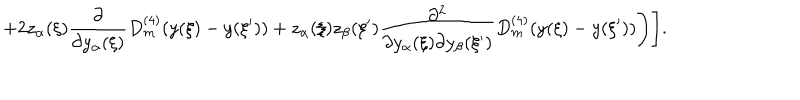
+ 2 z _ { \alpha } ( \xi ) \frac { \partial } { \partial y _ { \alpha } ( \xi ) } D _ { m } ^ { ( 4 ) } ( y ( \xi ) - y ( \xi ^ { \prime } ) ) + z _ { \alpha } ( \xi ) z _ { \beta } ( \xi ^ { \prime } ) \frac { \partial ^ { 2 } } { \partial y _ { \alpha } ( \xi ) \partial y _ { \beta } ( \xi ^ { \prime } ) } D _ { m } ^ { ( 4 ) } ( y ( \xi ) - y ( \xi ^ { \prime } ) ) \Biggr ) \Biggr ] .